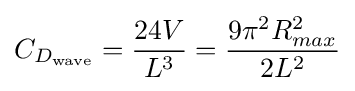
C_{D_{\text{wave}}}={\frac {24V}{L^{3}}}={\frac {9\pi ^{2}R_{max}^{2}}{2L^{2}}}